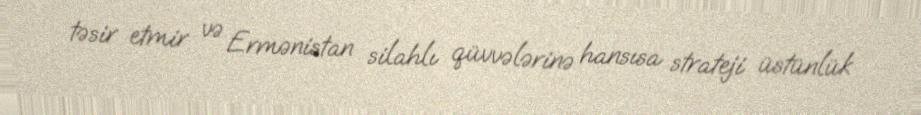
təsir etmir və Ermənistan silahlı qüvvələrinə hansısa strateji üstünlük